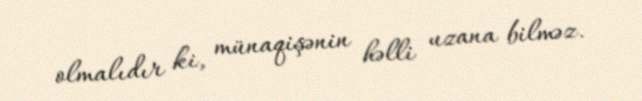
olmalıdır ki, münaqişənin həlli uzana bilməz.